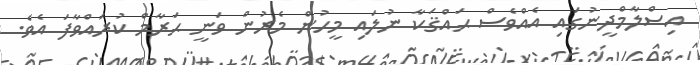
އިސްލާމްދީނުގައި އެއްވެސް ޙައްޤަކާ ނުލައި މީހުން މެރުން ވަނީ ޙަރާމް ކުރައްވާފަ އެވެ.